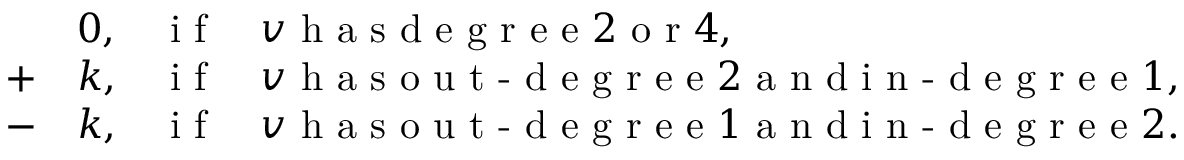
\begin{array} { r l r l } & { 0 , } & { \textrm { i f } } & { v \textrm { h a s d e g r e e } 2 \textrm { o r } 4 , } \\ { + } & { k , } & { \textrm { i f } } & { v \textrm { h a s o u t - d e g r e e } 2 \textrm { a n d i n - d e g r e e } 1 , } \\ { - } & { k , } & { \textrm { i f } } & { v \textrm { h a s o u t - d e g r e e } 1 \textrm { a n d i n - d e g r e e } 2 . } \end{array}